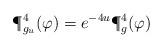
LaTeX: \begin{align*}\P^4_{g_u} (\varphi)=e^{-4u} \P^4_g (\varphi)\end{align*}